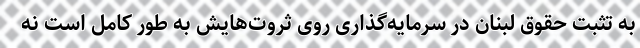
به تثبت حقوق لبنان در سرمایه‌گذاری روی ثروت‌هایش به طور کامل است نه